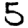
Digit: 5